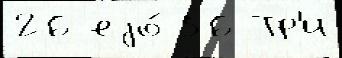
26 еjо́ 56 Тр'и